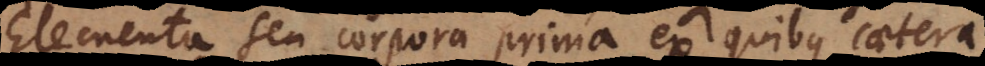
seu corpora prima ex quibus caetera